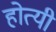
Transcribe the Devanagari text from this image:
होत्यी